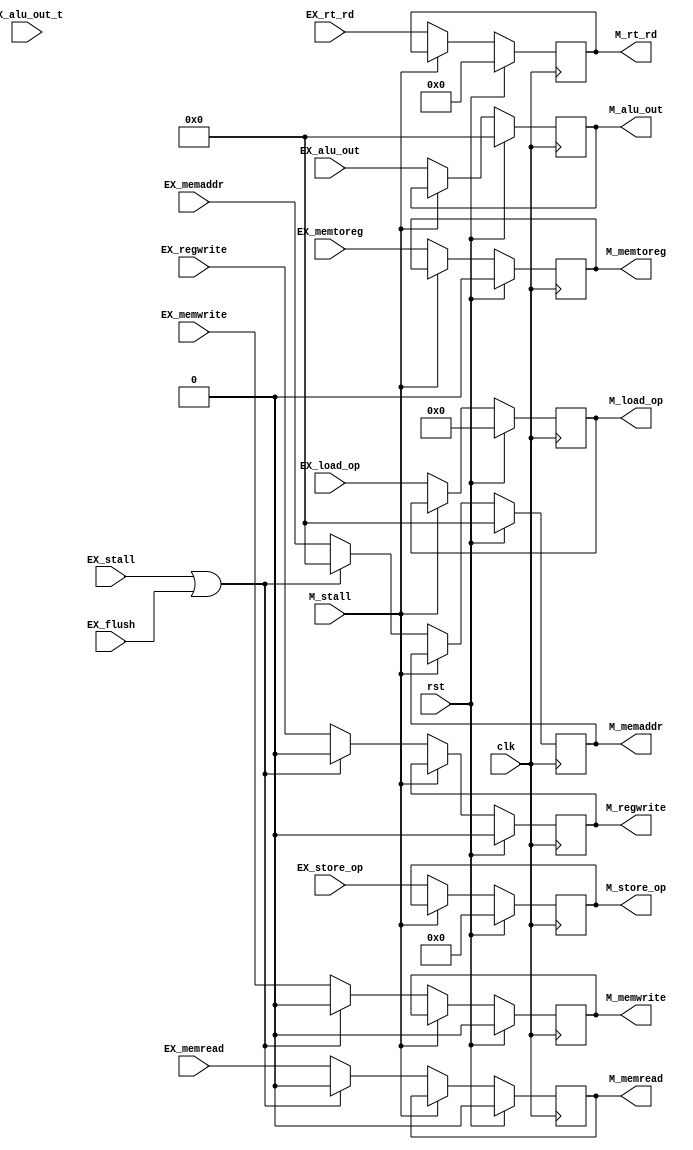
module EX_stage(/*AUTOARG*/
    //Inputs
    clk, rst, EX_stall, EX_flush, M_stall, EX_regwrite, 
    EX_memtoreg, EX_memread, EX_memwrite, EX_memaddr, 
    EX_load_op, EX_store_op, EX_alu_out, EX_alu_out_t, 
    EX_rt_rd, 

    //Outputs
    M_regwrite, M_memtoreg, M_memread,
    M_memwrite, M_memaddr, M_load_op,
    M_store_op, M_alu_out, M_rt_rd);
    input   clk;
    input   rst;
    input   EX_stall;
    input   EX_flush;
    input   M_stall;
    input   EX_regwrite;
    input   EX_memtoreg;
    input   EX_memread;
    input   EX_memwrite;
    input   [31:0]  EX_memaddr;
    input   [8:0]   EX_load_op;
    input   [5:0]   EX_store_op;
    input   [31:0]  EX_alu_out;
    input   [31:0]  EX_alu_out_t;
    input   [4:0]   EX_rt_rd;

    output  reg M_regwrite;
    output  reg M_memtoreg;
    output  reg M_memread;
    output  reg M_memwrite;
    output  reg [31:0]  M_memaddr;
    output  reg [8:0]   M_load_op;
    output  reg [5:0]   M_store_op;
    output  reg [31:0]  M_alu_out;
    output  reg [4:0]   M_rt_rd;

    always @(posedge clk) begin
        M_regwrite  <= rst ? 0     : (M_stall ? M_regwrite : ((EX_stall | EX_flush) ? 0 : EX_regwrite));
        M_memtoreg  <= rst ? 0     : (M_stall ? M_memtoreg : EX_memtoreg);
        M_memwrite  <= rst ? 0     : (M_stall ? M_memwrite : ((EX_stall | EX_flush) ? 0 : EX_memwrite));
        M_memread   <= rst ? 0     : (M_stall ? M_memread  : ((EX_stall | EX_flush) ? 0 : EX_memread));
        M_memaddr   <= rst ? 0     : (M_stall ? M_memaddr  : ((EX_stall | EX_flush) ? 0 : EX_memaddr));
        M_load_op   <= rst ? 9'b0  : (M_stall ? M_load_op  : EX_load_op);
        M_store_op  <= rst ? 6'b0  : (M_stall ? M_store_op : EX_store_op);
        M_alu_out   <= rst ? 32'b0 : (M_stall ? M_alu_out  : EX_alu_out);
        M_rt_rd     <= rst ? 5'b0  : (M_stall ? M_rt_rd    : EX_rt_rd);
    end

endmodule